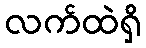
လက်ထဲရှိ